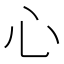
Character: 心